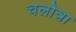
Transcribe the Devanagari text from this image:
चलोत्रा